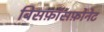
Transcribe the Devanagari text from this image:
बिसफ़ॉसफ़ोनेट